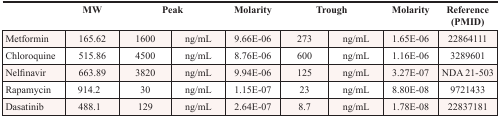
|  | MW | <COLSPAN=2> Peak | Molarity | <COLSPAN=2> Trough | Molarity | Reference (PMID) |
 | --- | --- | --- | --- | --- | --- | --- | --- | --- |
 | Metformin | 165.62 | 1600 | ng/mL | 9.66E-06 | 273 | ng/mL | 1.65E-06 | 22864111 |
 | Chloroquine | 515.86 | 4500 | ng/mL | 8.76E-06 | 600 | ng/mL | 1.16E-06 | 3289601 |
 | Nelfinavir | 663.89 | 3820 | ng/mL | 9.94E-06 | 125 | ng/mL | 3.27E-07 | NDA 21-503 |
 | Rapamycin | 914.2 | 30 | ng/mL | 1.15E-07 | 23 | ng/mL | 8.80E-08 | 9721433 |
 | Dasatinib | 488.1 | 129 | ng/mL | 2.64E-07 | 8.7 | ng/mL | 1.78E-08 | 22837181 |